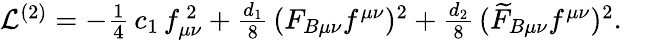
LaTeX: \begin{array}{r}{{\cal L}^{(2)}=-\frac{1}{4}\, c_{1}\, f_{\mu\nu}^{\, 2}+\frac{d_{1}}{8}\, (F_{B\mu\nu}f^{\mu\nu})^{2}+\frac{d_{2}}{8}\, (\widetilde{F}_{B\mu\nu}f^{\mu\nu})^{2}.\; \; \; }\end{array}